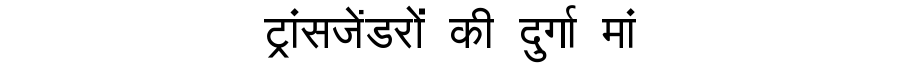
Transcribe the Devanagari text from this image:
ट्रांसजेंडरों की दुर्गा मां